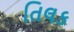
તિલક